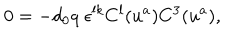
0 = - d _ { 0 } q \; \epsilon ^ { l k } C ^ { l } ( u ^ { a } ) C ^ { 3 } ( u ^ { a } ) ,